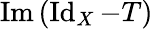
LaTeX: \operatorname{Im}\, (\operatorname{Id}_{X}-T)